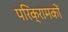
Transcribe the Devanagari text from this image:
परिक्रामकों